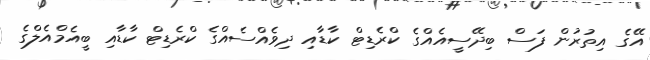
އޭގެ އިތުރުން ފަސް ބިދޭސީއެއްގެ ކްރެޑިޓް ކާޑާއި ދިވެއްސެއްގެ ކްރެޑިޓް ކާޑާއި ބީއެމްއެލްގެ